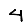
Digit: 4